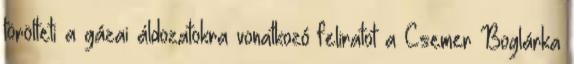
törölteti a gázai áldozatokra vonatkozó feliratot a Csemer Boglárka